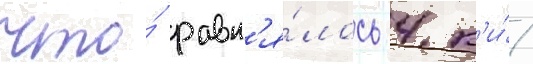
что́ равн'я́лось 4 к'и́/